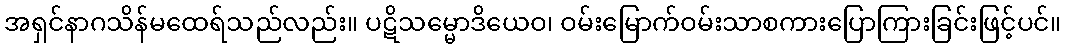
အရှင်နာဂသိန်မထေရ်သည်လည်း။ ပဋိသမ္မောဒိယေဝ၊ ဝမ်းမြောက်ဝမ်းသာစကားပြောကြားခြင်းဖြင့်ပင်။